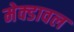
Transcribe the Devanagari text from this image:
मेक्डावल